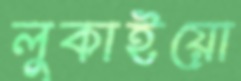
লুকাইয়ো